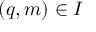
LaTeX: ( q , m ) \in I